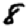
Digit: 8